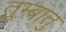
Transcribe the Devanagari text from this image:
तुम्बातु